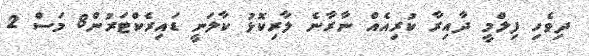
ދިވެހި ފިލްމީ ދާއިރާ ކުރިއެއް ނާރާނެ ލާރިކޮޅު ކާލަނީ ޑައިރެކްޓަރުން8 މަސް 2